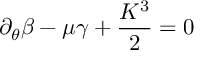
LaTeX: \partial _ { \theta } \beta - \mu \gamma + \frac { K ^ { 3 } } { 2 } = 0